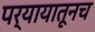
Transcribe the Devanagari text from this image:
पर्यायातूनच